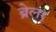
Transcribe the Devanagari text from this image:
ब्रेलर